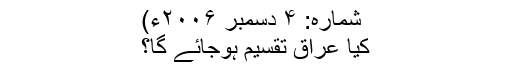
شمارہ: ۴ دسمبر ۲۰۰۶ء)
کیا عراق تقسیم ہوجائے گا؟